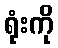
ရုံးကို